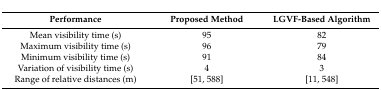
<table><thead><tr><td><b>Performance</b></td><td><b>Proposed Method</b></td><td><b>LGVF-Based Algorithm</b></td></tr></thead><tbody><tr><td>Mean visibility time (s)</td><td>95</td><td>82</td></tr><tr><td>Maximum visibility time (s)</td><td>96</td><td>79</td></tr><tr><td>Minimum visibility time (s)</td><td>91</td><td>84</td></tr><tr><td>Variation of visibility time (s)</td><td>4</td><td>3</td></tr><tr><td>Range of relative distances (m)</td><td>[51, 588]</td><td>[11, 548]</td></tr></tbody></table>